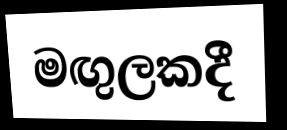
මඟුලකදී